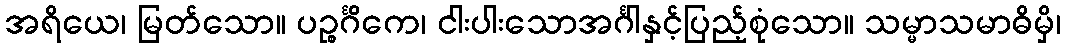
အရိယေ၊ မြတ်သော။ ပဉ္စင်္ဂိကေ၊ ငါးပါးသောအင်္ဂါနှင့်ပြည့်စုံသော။ သမ္မာသမာဓိမှိ၊